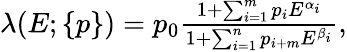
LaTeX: \begin{array}{r}{\lambda(E;\{ p\} )=p_{0}\frac{1+\sum_{i=1}^{m}p_{i}E^{\alpha_{i}}}{1+\sum_{i=1}^{n}p_{i+m}E^{\beta_{i}}},}\end{array}